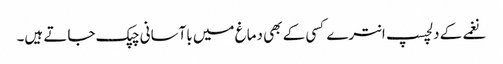
نغمے کے دلچسپ انترے کسی کے بھی دماغ میں باآسانی چپک جاتے ہیں۔